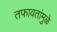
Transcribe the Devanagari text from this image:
तफावतांमुळे